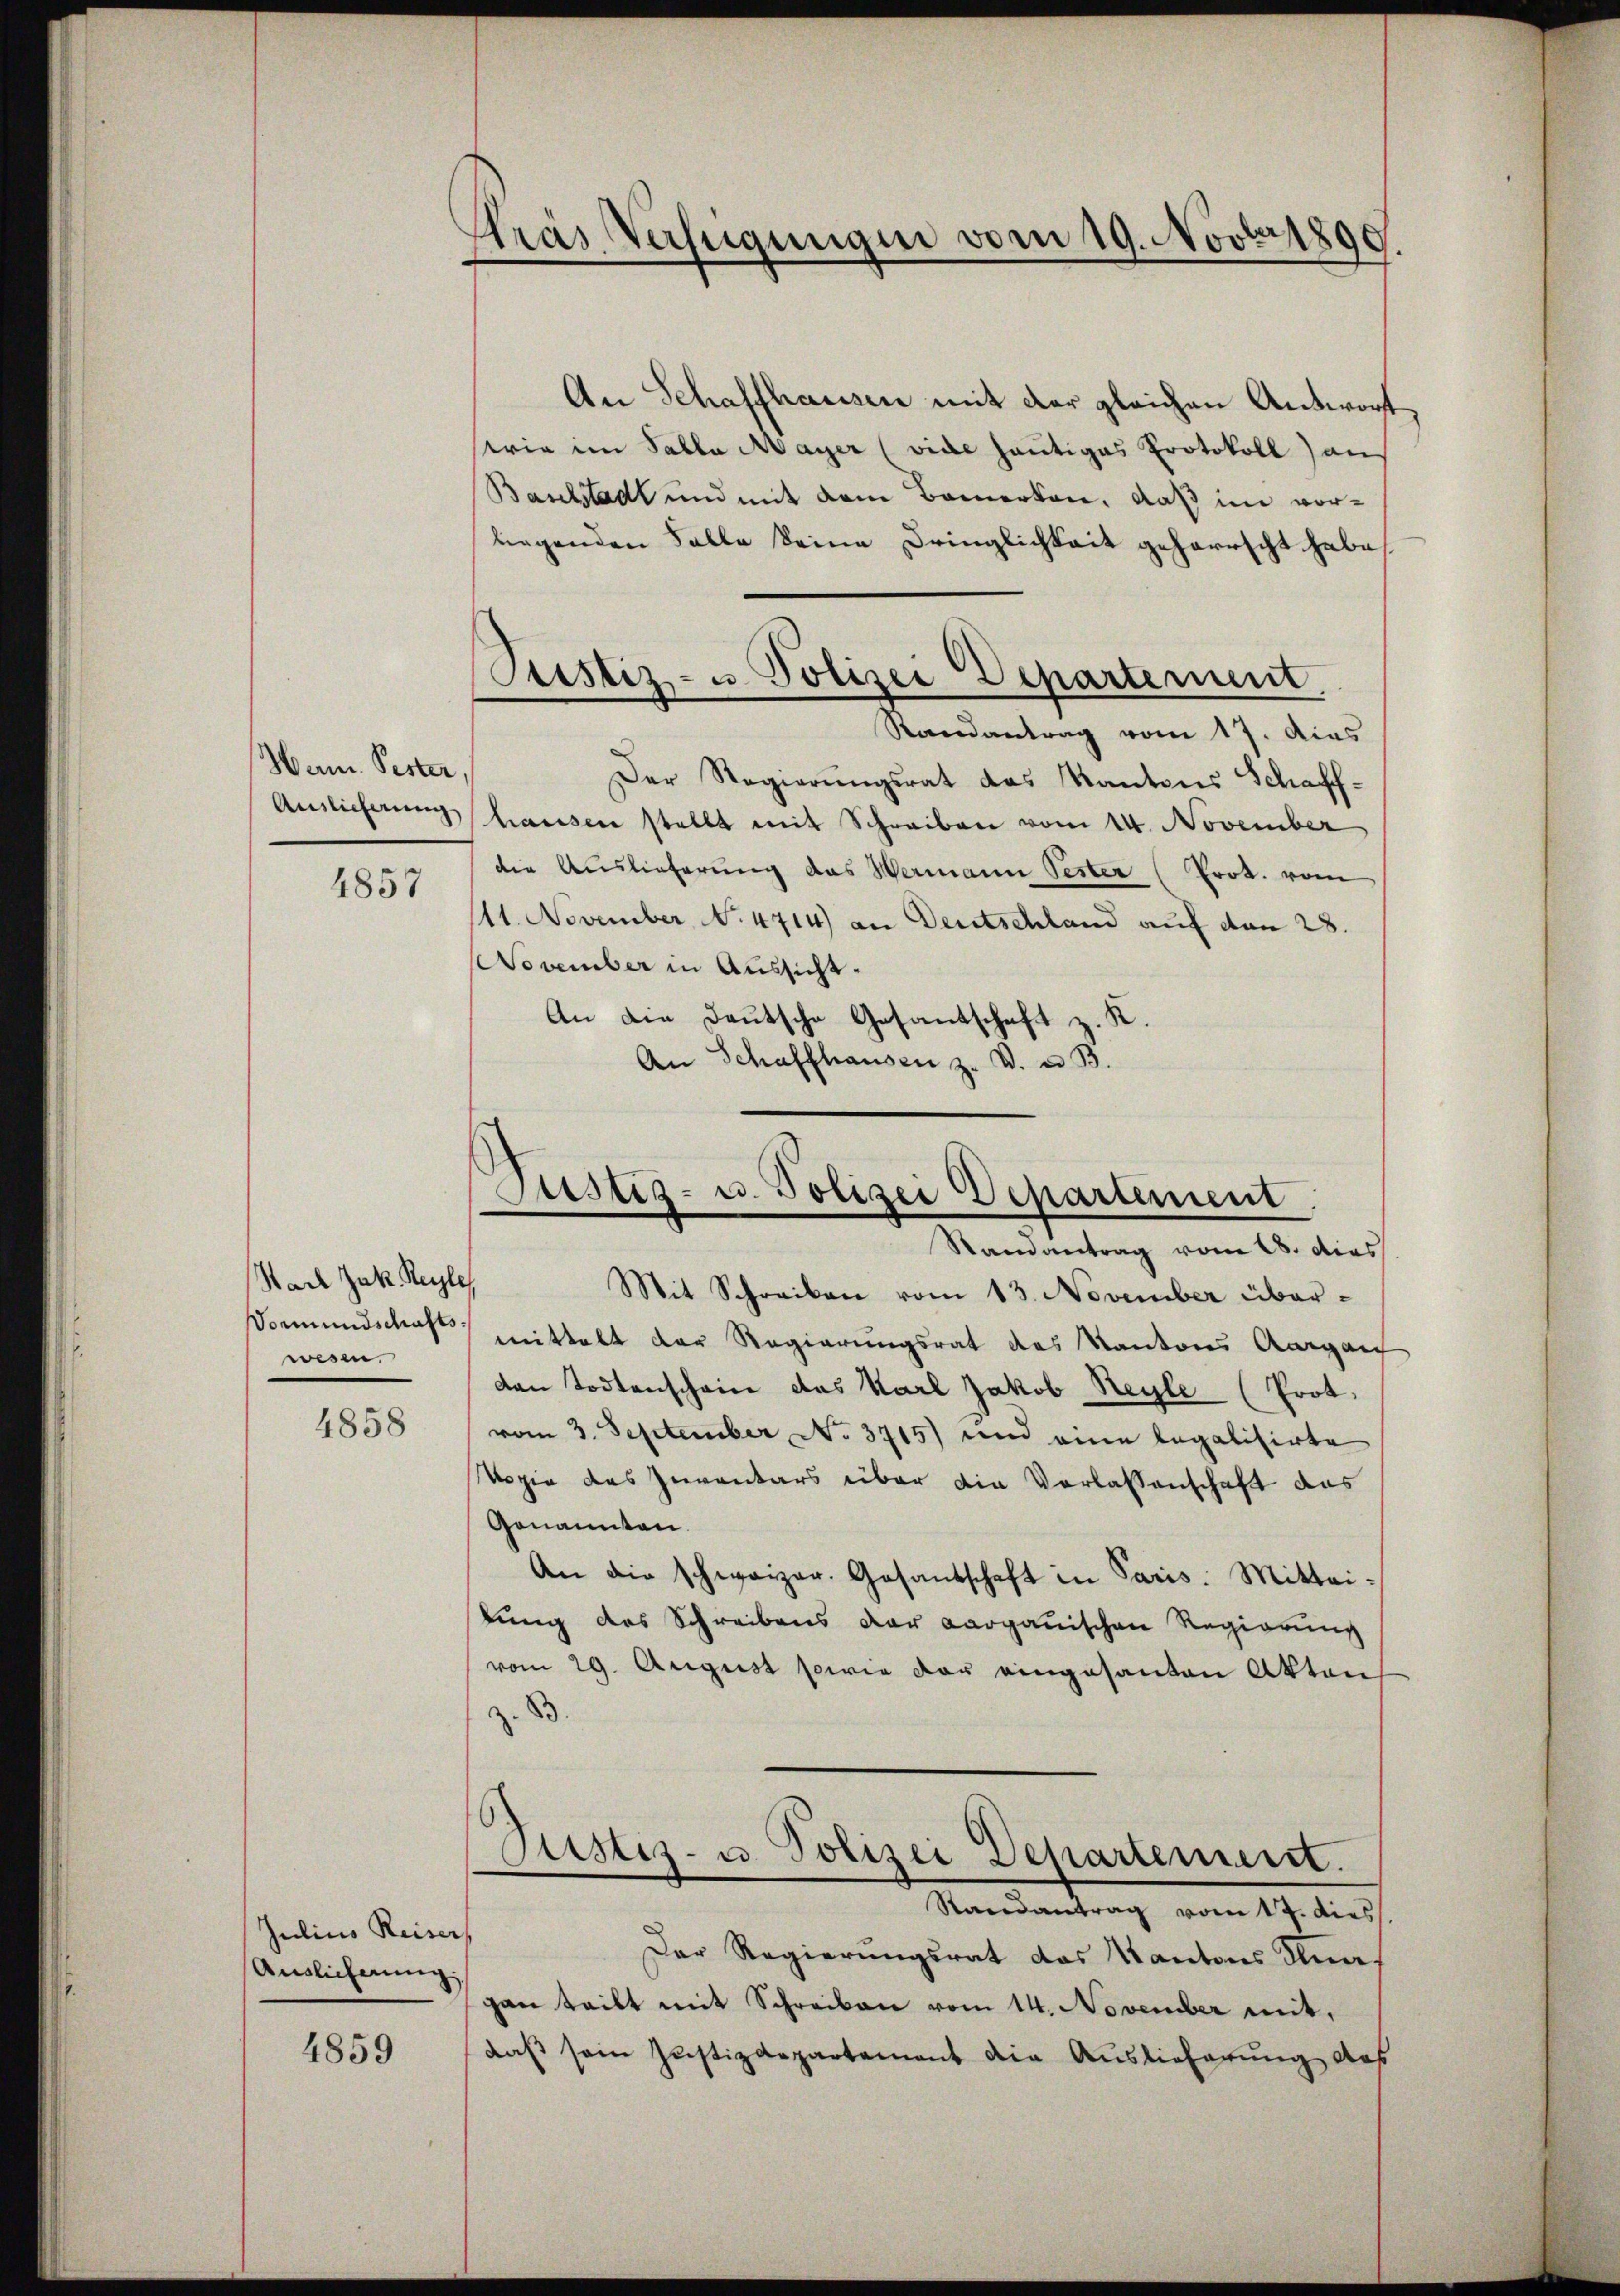
Han. Pester,

4857

Hart Jak. Reyle
Vormundschafts-
wesen.

4858

Julius Reiser,
Auslicherung:

4859

Pras Verfügungen vom 19. Novber 1890

Pustiz- u. Polizei Departement

Justiz- u. Polizei Departement.

An Schaffhausen mit der gleichen Antwort
stria im Salla Mayer (vide heutiges Protokoll) aus
Basclstadt und mit dem Bemerken, daß im vorliegenden Falle seine Dringlichkeit geherrscht habe
Randantrag vom 17. Aus
Der Regierungsrat das Kantons Schaff¬
Auslieferung hausen stellt mit Schreiben vom 14. November
die Auslieferung das Wermann Oester (Prot. vom
111. November, N. 4714) an Deutschland auf den 28.
NNovember in Aussicht.
An die Deutsche Gesantschaft z. K.
An Schaffhausen z. B. u. B.

Randantrag vom 18. dies
Mit Schreiben vom 13. November übermittelt der Regierungsrat des Kantons Aargau
dan Todtenschein das Karl Jakob Reyle (Prot.
vom 3. September No. 3715) und eine legalisirte
Vogie des Inventars über die Verlassenschaft das
Genannten.
An die schweizer. Gesandschaft in Paris. Mittei-
lung des Schreibens der aargauischen Regierung
vom 29. August sowie der eingesanten Aktens
z. B.
Dustiz- u. Polizei Departement.
Randantrag vom 17. dies
Der Regierungsrat das Kantons Knaf
gan teilt mit Schreiben vom 14. November mit,
daß sein Justizdepartement die Auslieferung des